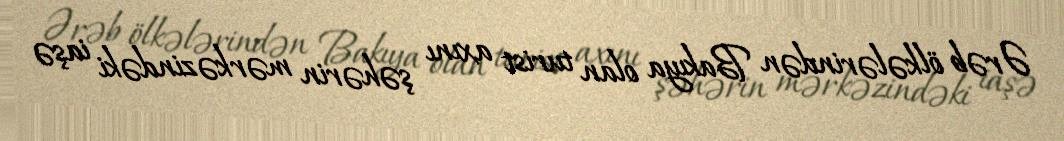
Ərəb ölkələrindən Bakıya olan turist axını şəhərin mərkəzindəki iaşə